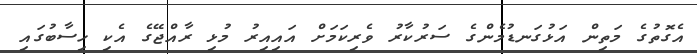
އެގޮތުގެ މަތިން އަޅުގަނޑުމެންގެ ސަރުކާރު ވެރިކަމަށް އައިއިރު މުޅި ރާއްޖޭގެ އެކި ހިސާބުގައި